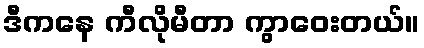
ဒီကနေ ကီလိုမီတာ ကွာဝေးတယ်။